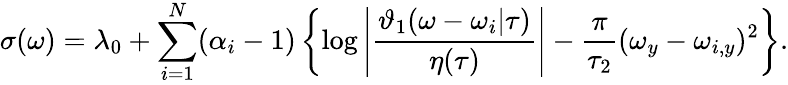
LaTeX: \sigma(\omega)=\lambda_{0}+\sum_{i=1}^{N}(\alpha_{i}-1)\left\{ \log\left|\frac{\vartheta_{1}(\omega-\omega_{i}|\tau)}{\eta(\tau)}\right|-\frac{\pi}{\tau_{2}}(\omega_{y}-\omega_{i,y})^{2}\right\} .